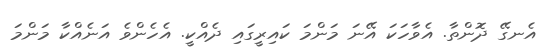
އެނގޭ ދޮންތާ. އެވާހަކަ އޭނަ މަންމަ ކައިރީގައި ދެއްކީ. އެހެންވެ އަނެއްކާ މަންމަ